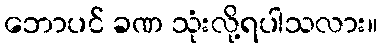
ဘောပင် ခဏ သုံးလို့ရပါသလား။